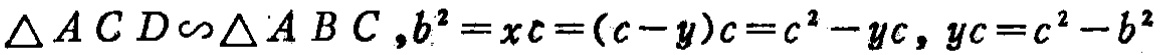
\(\triangle ACD\sim\triangle ABC,b^{2}=xc=(c - y)c=c^{2}-yc,yc=c^{2}-b^{2}\)